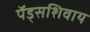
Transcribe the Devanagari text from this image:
पॅड्सशिवाय